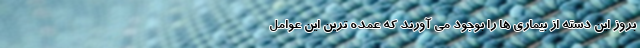
بروز این دسته از بیماری ها را بوجود می آورند که عمده ترین این عوامل